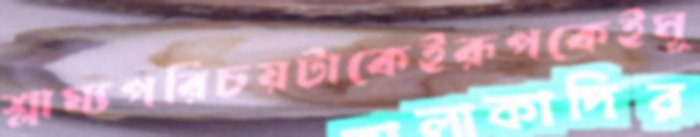
শ্লাঘ্যপরিচয়টাকেইরূপকেইমূ